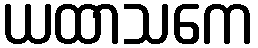
ယထာသကေ